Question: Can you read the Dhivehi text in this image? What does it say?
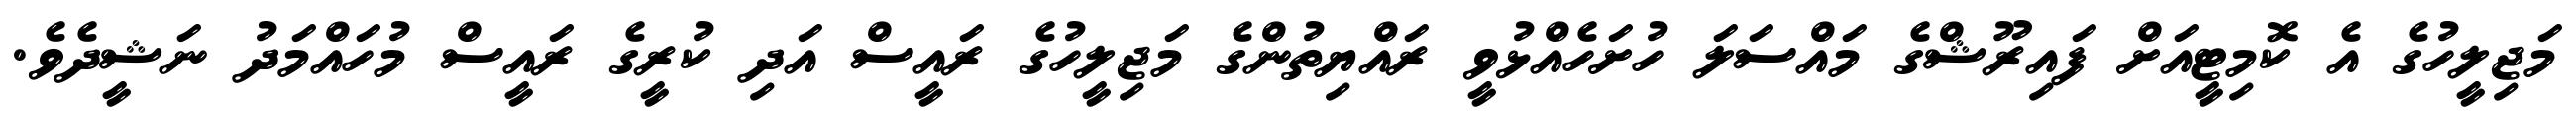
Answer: މަޖިލީހުގެ އެ ކޮމިޓީއަށް ފައިރޫޝްގެ މައްސަލަ ހުށަހެއްޅުވީ ރައްޔިތުންގެ މަޖިލީހުގެ ރައީސް އަދި ކުރީގެ ރައީސް މުހައްމަދު ނަޝީދެވެ.